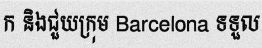
ក និងជួយក្រុម Barcelona ទទួល